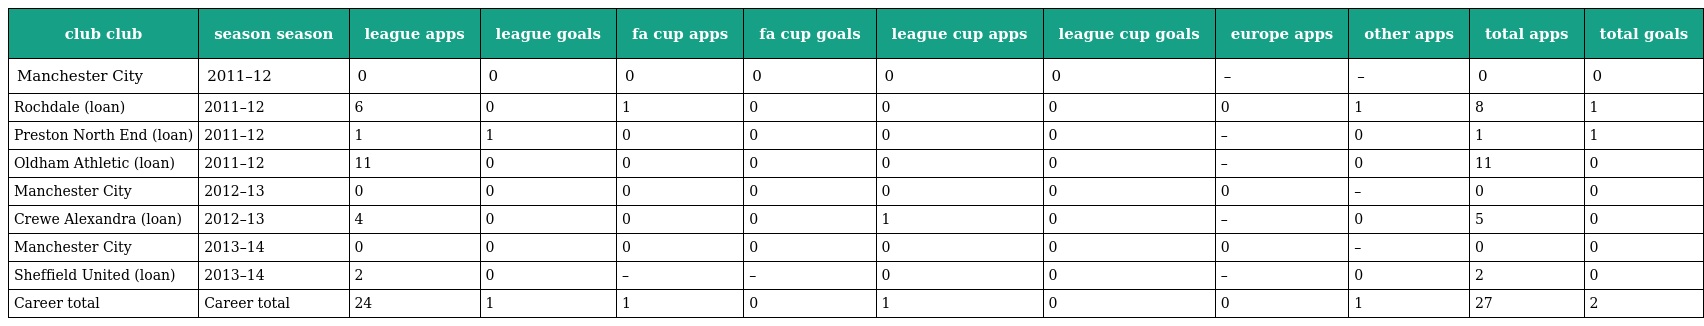
| club club | season season | league apps | league goals | fa cup apps | fa cup goals | league cup apps | league cup goals | europe apps | other apps | total apps | total goals |
 | --- | --- | --- | --- | --- | --- | --- | --- | --- | --- | --- | --- |
 | Manchester City | 2011–12 | 0 | 0 | 0 | 0 | 0 | 0 | – | – | 0 | 0 |
 | Rochdale (loan) | 2011–12 | 6 | 0 | 1 | 0 | 0 | 0 | 0 | 1 | 8 | 1 |
 | Preston North End (loan) | 2011–12 | 1 | 1 | 0 | 0 | 0 | 0 | – | 0 | 1 | 1 |
 | Oldham Athletic (loan) | 2011–12 | 11 | 0 | 0 | 0 | 0 | 0 | – | 0 | 11 | 0 |
 | Manchester City | 2012–13 | 0 | 0 | 0 | 0 | 0 | 0 | 0 | – | 0 | 0 |
 | Crewe Alexandra (loan) | 2012–13 | 4 | 0 | 0 | 0 | 1 | 0 | – | 0 | 5 | 0 |
 | Manchester City | 2013–14 | 0 | 0 | 0 | 0 | 0 | 0 | 0 | – | 0 | 0 |
 | Sheffield United (loan) | 2013–14 | 2 | 0 | – | – | 0 | 0 | – | 0 | 2 | 0 |
 | Career total | Career total | 24 | 1 | 1 | 0 | 1 | 0 | 0 | 1 | 27 | 2 |